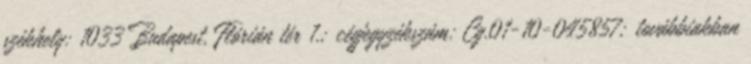
székhely: 1033 Budapest, Flórián tér 1.; cégjegyzékszám: Cg.01-10-045857; továbbiakban